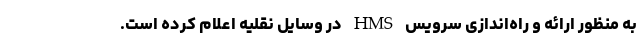
به منظور ارائه و راه‌اندازی سرویس HMS در وسایل نقلیه اعلام کرده است.